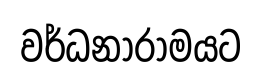
වර්ධනාරාමයට